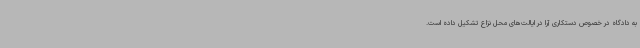
به دادگاه در خصوص دستکاری آرا در ایالت‌های محل نزاع تشکیل داده است.